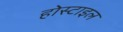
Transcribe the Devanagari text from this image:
होस्टाइल